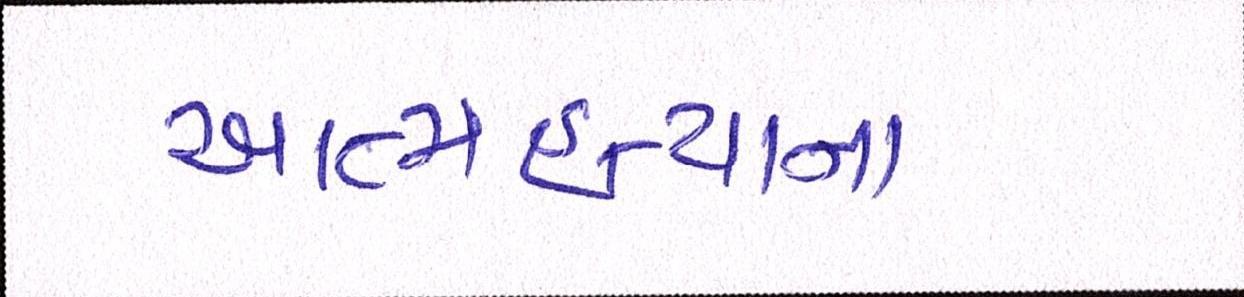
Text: આત્મહત્યાના